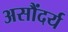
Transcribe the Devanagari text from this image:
असौंदर्य